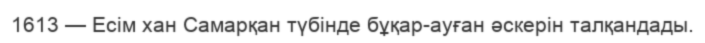
1613 — Есім хан Самарқан түбінде бұқар-ауған әскерін талқандады.